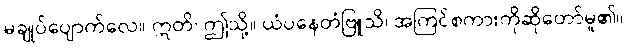
မချုပ်ပျောက်လေ။ ဣတိ၊ ဤသို့။ ယံပနေတံဗြူသိ၊ အကြင်စကားကိုဆိုတော်မူ၏။